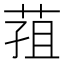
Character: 𮏢